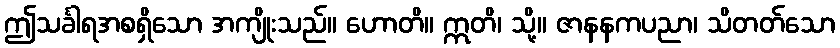
ဤသင်္ခါရအစရှိသော အကျိုးသည်။ ဟောတိ။ ဣတိ၊ သို့။ ဇာနနကပညာ၊ သိတတ်သော